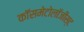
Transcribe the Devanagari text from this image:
कॉसमेटोलॉजीस्ट